Annual report on the mental hospital in the Central Provinces and Berar (Nagpur) - 1927-1951
Year: 1927
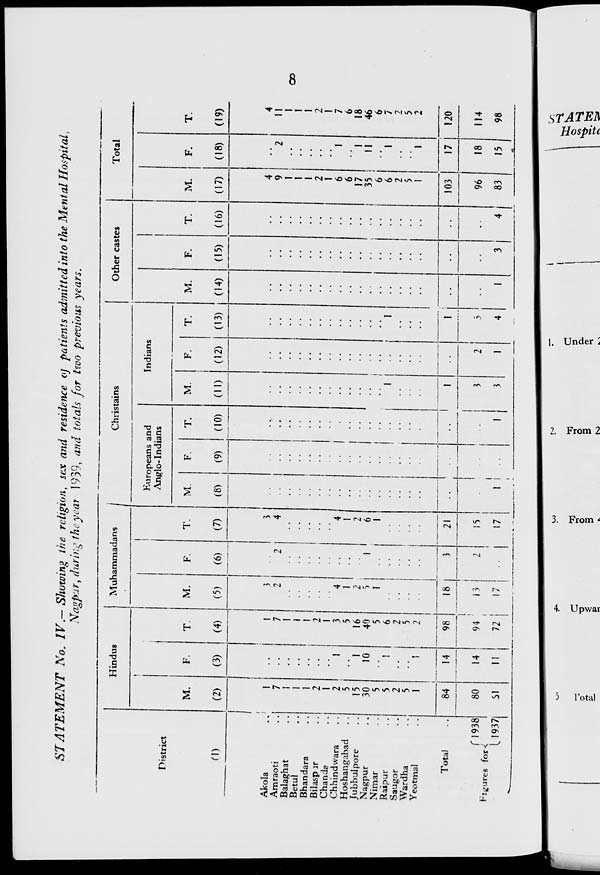
8
STATEMENT
No. IV.— Showing the religion, sex and residence of patients admitted into the Mental Hospital,
Nagpur, during the year 1939, and totals for two previous years.
District
(1)
Akola ..
Amraoti ..
Balaghat ..
Betul ..
Bhandara ..
Bilaspur ..
Chanda ..
Chhindwara ..
Hoshangabad ..
Jubbulpore ..
Nagpur ..
Nimar ..
Raipur ..
Saugor ..
Wardha ..
Yeotmal ..
Total ..
Figures for
1938
1937
Hindus
M.
(2)
1
7
1
1
1
2
1
2
5
15
30
5
5
2
5
1
84
80
51
F.
(3)
..
..
..
..
..
..
..
1
..
1
10
..
1
..
..
1
14
14
11
T.
(4)
1
7
1
1
1
2
1
3
5
16
40
5
6
2
5
2
98
94
72
Muhammadans
M.
(5)
3
2
..
..
..
..
..
4
1
2
5
1
1
..
..
..
18
13
17
F.
(6)
..
2
..
..
..
..
..
..
..
..
1
..
..
..
..
..
3
2
..
T.
(7)
3
4
..
..
..
..
..
4
1
2
6
1
..
..
..
..
21
15
17
Christains
Europeans and
Anglo-Indians
M.
(8)
..
..
..
..
..
..
..
..
..
..
..
..
..
..
..
..
..
..
1
F.
(9)
..
..
..
..
..
..
..
..
..
..
..
..
..
..
..
..
..
..
..
T.
(10)
..
..
..
..
..
..
..
..
..
..
..
..
..
..
..
..
..
..
1
Indians
M.
(11)
..
..
..
..
..
..
..
..
..
..
..
..
1
..
..
..
1
3
3
F.
(12)
..
..
..
..
..
..
..
..
..
..
..
..
..
..
..
..
..
2
1
T.
(13)
..
..
..
..
..
..
..
..
..
..
..
..
1
..
..
..
1
5
4
Other castes
M.
(14)
..
..
..
..
..
..
..
..
..
..
..
..
..
..
..
..
..
..
1
F.
(15)
..
..
..
..
..
..
..
..
..
..
..
..
..
..
..
..
..
..
3
T.
(16)
..
..
..
..
..
..
..
..
..
..
..
..
..
..
..
..
..
..
4
Total
M.
(17)
4
9
1
1
1
2
1
6
6
17
35
6
6
2
5
1
103
96
83
F.
(18)
..
2
..
..
..
..
..
1
..
1
11
..
1
..
..
1
17
18
15
T.
(19)
4
11
1
1
1
1
7
6
18
46
6
7
2
5
2
120
114
98